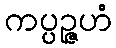
ကပ္ပဉ္ဇဟံ